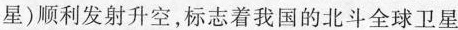
星)顺利发射升空，标志着我国的北斗全球卫星